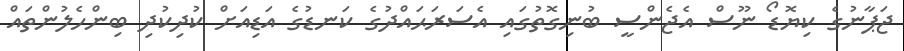
ޖަޕާނުގެ ކިޔޮޑޯ ނޫސް އެޖެންސީ ބުނިގޮތުގައި އެސަރަޙައްދުގެ ކަނޑުގެ އަޑިއަށް ކުދިކުދި ބިންހެލުންތައް